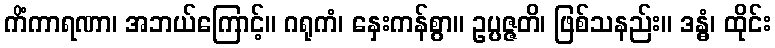
ကိံကာရဏာ၊ အဘယ်ကြောင့်။ ဂရုကံ၊ နှေးကန်စွာ။ ဥပ္ပဇ္ဇတိ၊ ဖြစ်သနည်း။ ဒန္ဓံ၊ ထိုင်း